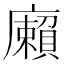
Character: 𢋷